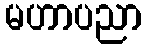
မဟာပညာ